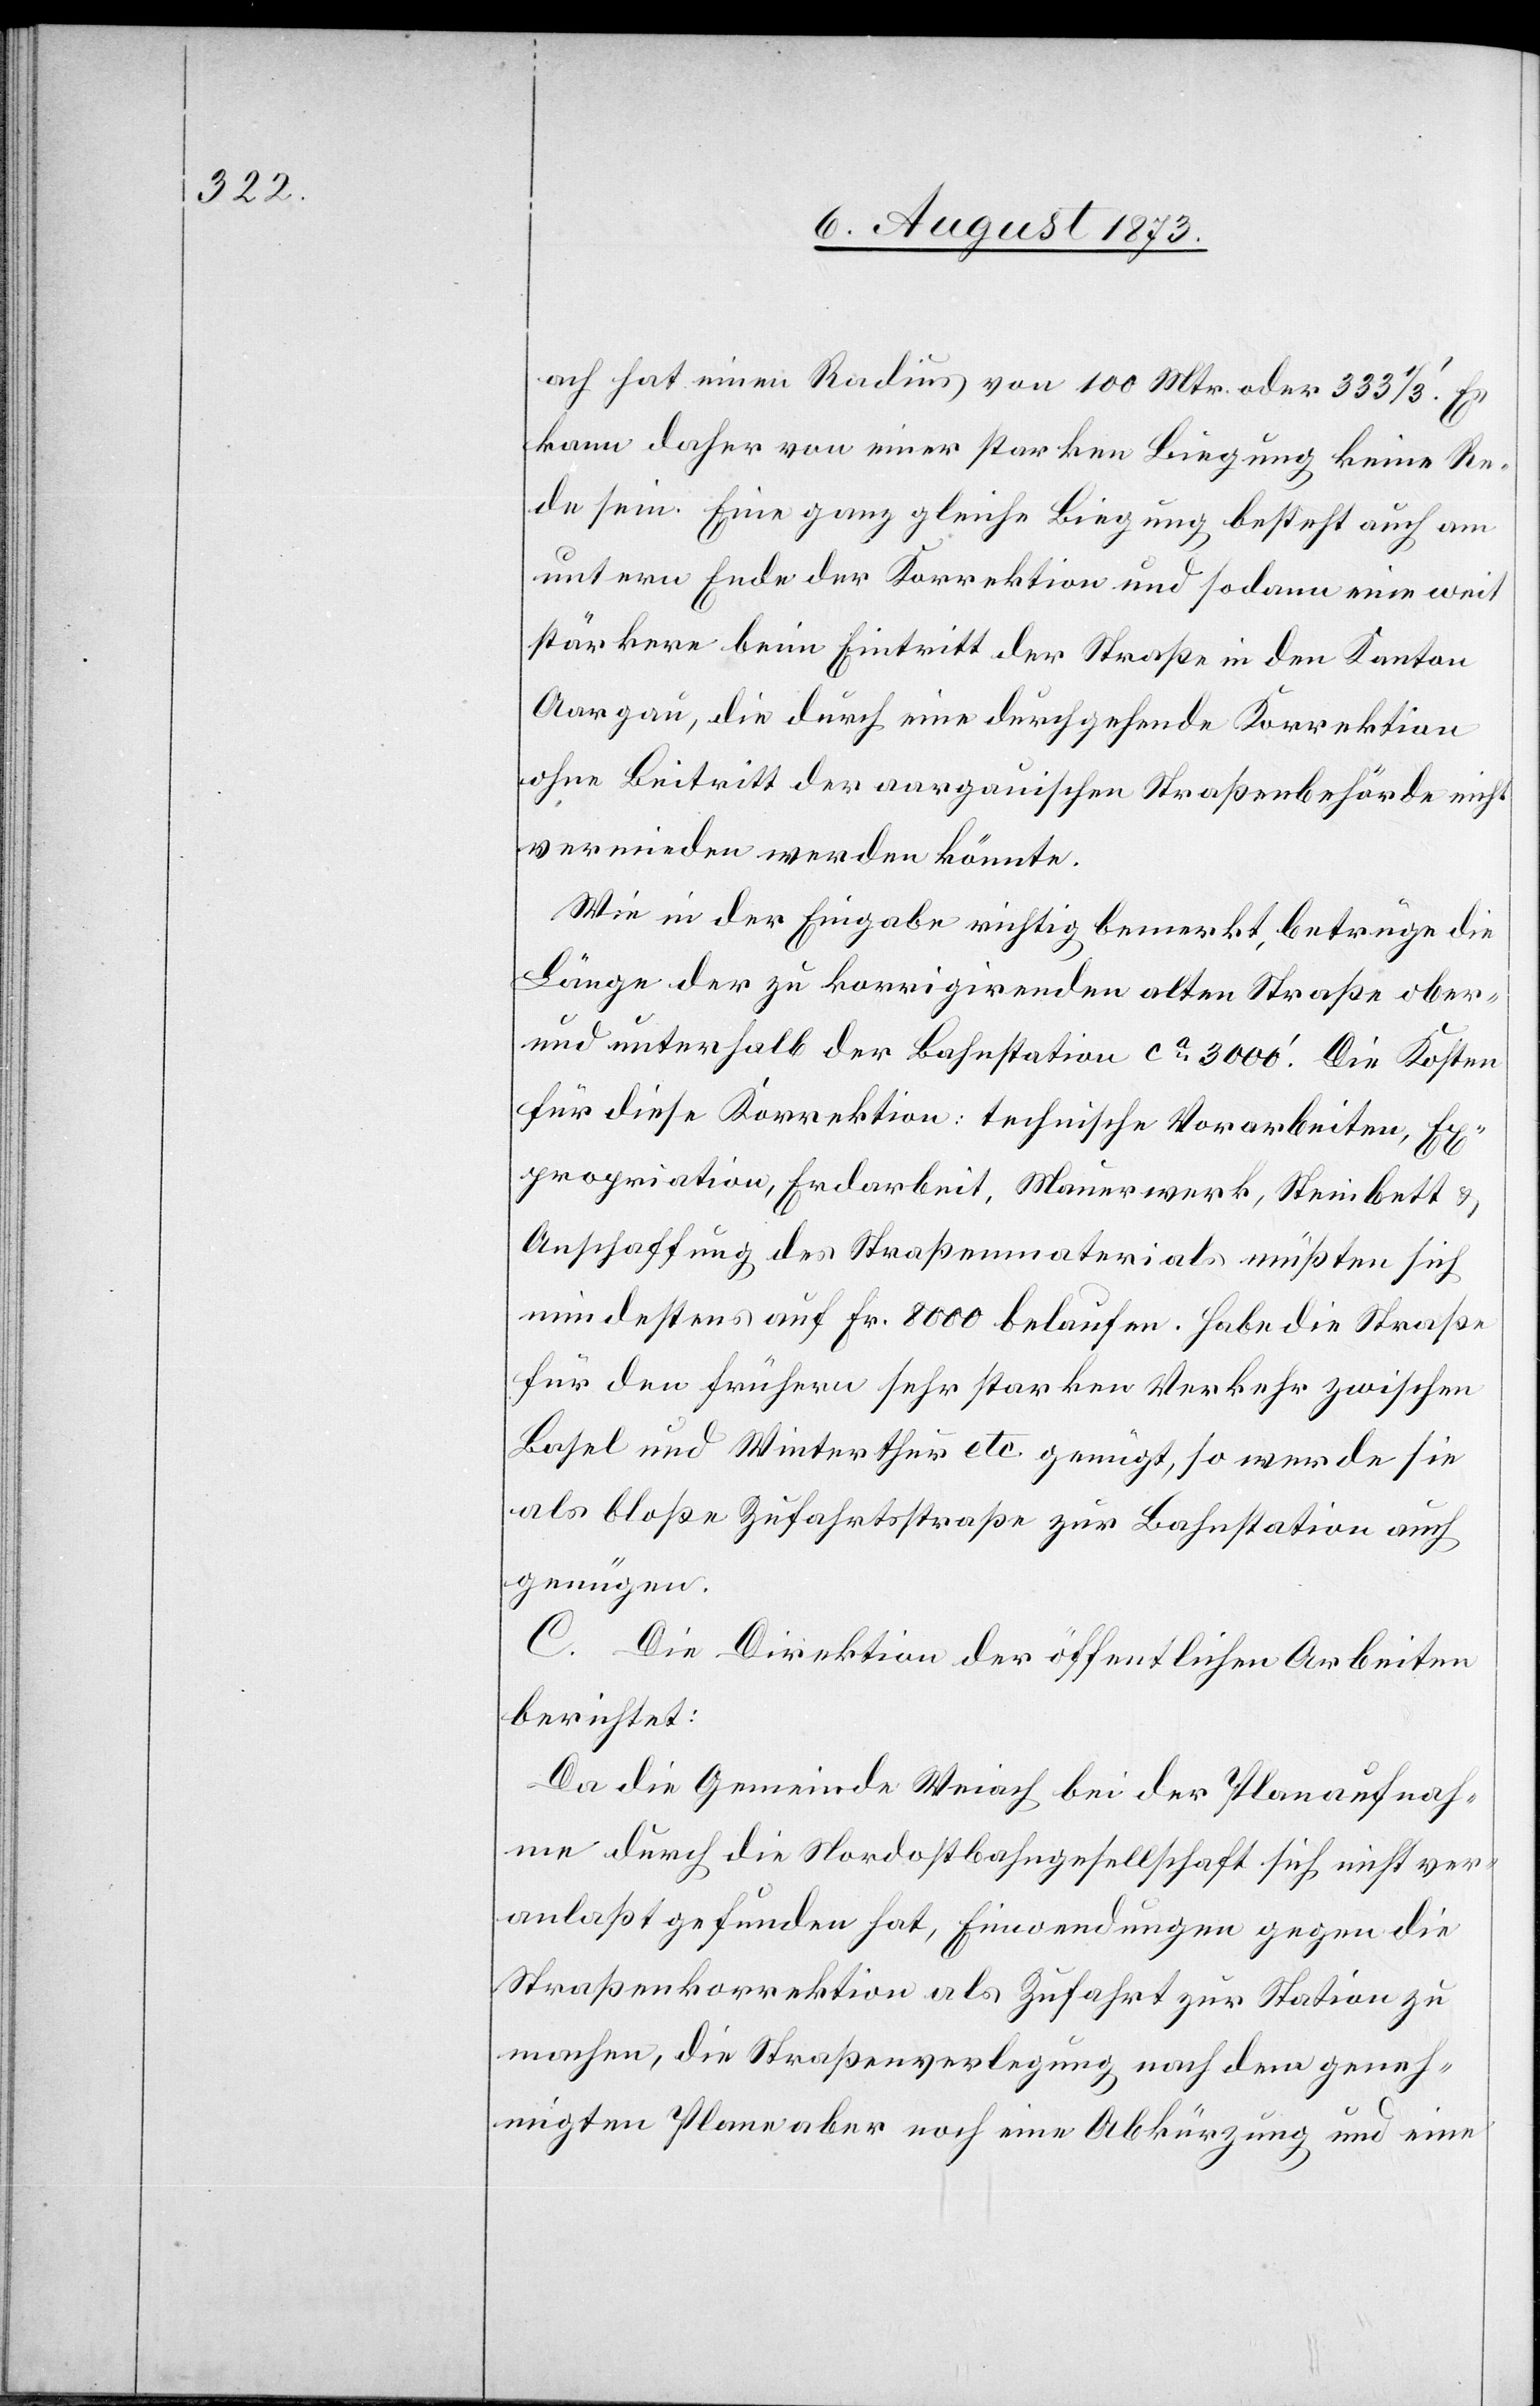
ach hat einen Radius von 100 Mtr. oder 333 1/3‘. Es
kann daher von einer starken Biegung keine Re¬
de sein. Eine ganz gleiche Biegung besteht auch am
untern Ende der Korrektion und sodann eine weit
stärkere beim Eintritt der Straße in den Kanton
Aargau, die durch eine durchgehende Korrektion
ohne Beitritt der aargauischen Straßenbehörde nicht
vermieden werden könnte.
Wie in der Eingabe richtig bemerkt, betrüge die
Länge der zu korrigirenden alten Straße ober-
und unterhalb der Bahnstation ca 3 000‘. Die Kosten
für diese Korrektion: technische Vorarbeiten, Ex¬
propriation, Erdarbeit, Mauerwerk, Steinbett &
Anschaffung des Straßenmaterials müßten sich
mindestens auf Fr. 8 000 belaufen. Habe die Straße
für den frühern sehr starken Verkehr zwischen
Basel und Winterthur etc. genügt, so werde sie
als bloße Zufahrtsstraße zur Bahnstation auch
genügen.
C. Die Direktion der öffentlichen Arbeiten
berichtet:
Da die Gemeinde Weiach bei der Planaufnah¬
me durch die Nordostbahngesellschaft sich nicht ver¬
anlaßt gefunden hat, Einwendungen gegen die
Straßenkorrektion als Zufahrt zur Station zu
machen, die Straßenverlegung nach dem geneh¬
migten Plane aber noch eine Abkürzung und eine